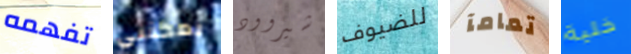
تفهمه يمكنني شيروود للضيوف تمامآ خلية